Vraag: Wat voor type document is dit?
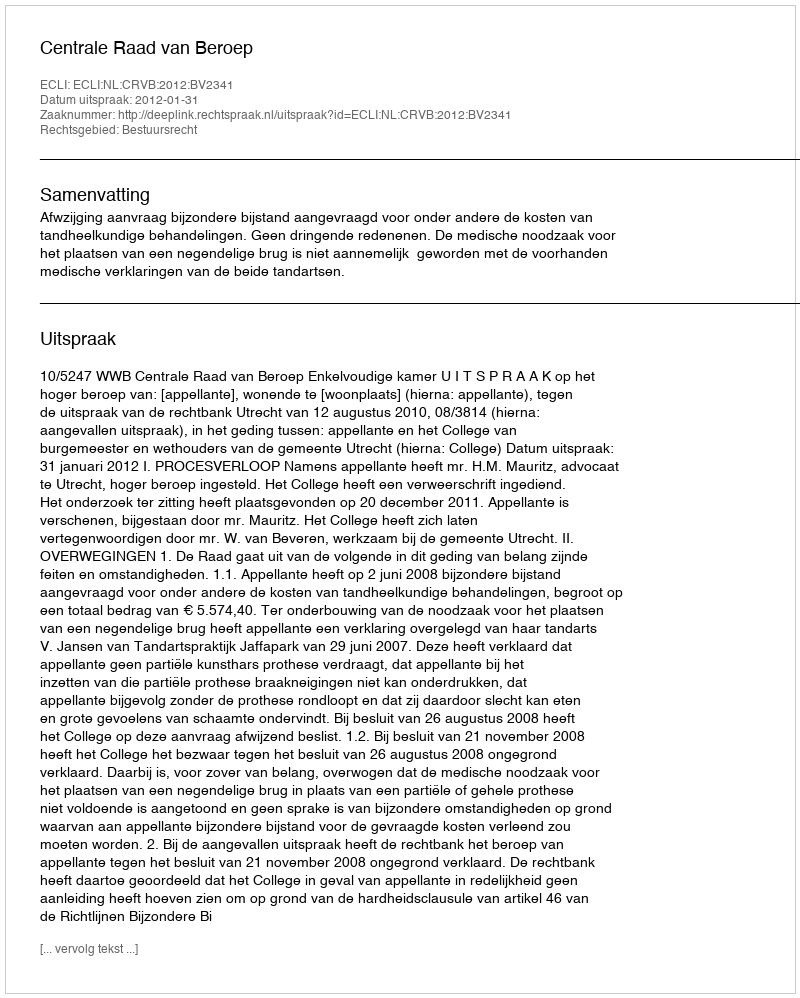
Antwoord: Uitspraak